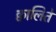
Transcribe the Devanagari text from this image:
क्वालिते